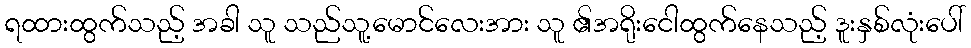
ရထားထွက်သည့် အခါ သူ သည်သူ့မောင်လေးအား သူ ၏အရိုးငေါထွက်နေသည့် ဒူးနှစ်လုံးပေါ်